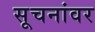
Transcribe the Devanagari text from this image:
सूचनांवर